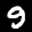
Label: 9